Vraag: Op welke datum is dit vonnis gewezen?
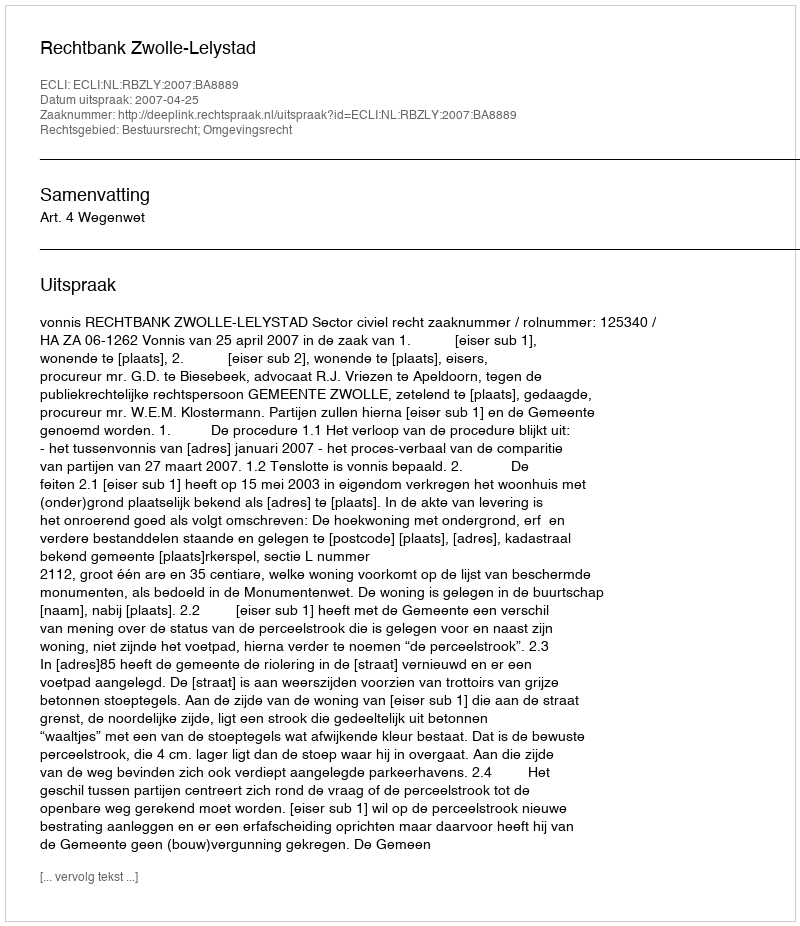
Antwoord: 2007-04-25